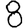
Digit: 8